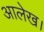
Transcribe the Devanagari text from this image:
आलेख।